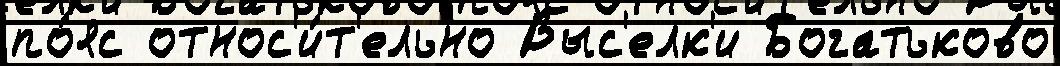
по́яс относ'и́т'ельно Выс'елк'и Богатьково